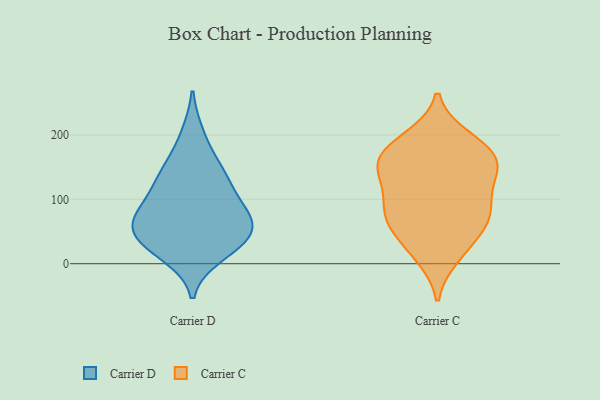
{"axis": {"x": "Inventory Turnover", "y": "Value"}, "legend": ["Carrier C", "Carrier D"], "data": [{"x": "", "y": 200, "type": "Carrier D"}, {"x": "", "y": 123, "type": "Carrier D"}, {"x": "", "y": 54, "type": "Carrier D"}, {"x": "", "y": 66, "type": "Carrier D"}, {"x": "", "y": 33, "type": "Carrier D"}, {"x": "", "y": 147, "type": "Carrier D"}, {"x": "", "y": 69, "type": "Carrier D"}, {"x": "", "y": 14, "type": "Carrier D"}, {"x": "", "y": 29, "type": "Carrier D"}, {"x": "", "y": 111, "type": "Carrier D"}, {"x": "", "y": 38, "type": "Carrier D"}, {"x": "", "y": 74, "type": "Carrier D"}, {"x": "", "y": 146, "type": "Carrier D"}, {"x": "", "y": 80, "type": "Carrier D"}, {"x": "", "y": 168, "type": "Carrier C"}, {"x": "", "y": 170, "type": "Carrier C"}, {"x": "", "y": 62, "type": "Carrier C"}, {"x": "", "y": 132, "type": "Carrier C"}, {"x": "", "y": 18, "type": "Carrier C"}, {"x": "", "y": 163, "type": "Carrier C"}, {"x": "", "y": 127, "type": "Carrier C"}, {"x": "", "y": 78, "type": "Carrier C"}, {"x": "", "y": 139, "type": "Carrier C"}, {"x": "", "y": 65, "type": "Carrier C"}, {"x": "", "y": 77, "type": "Carrier C"}, {"x": "", "y": 196, "type": "Carrier C"}, {"x": "", "y": 149, "type": "Carrier C"}, {"x": "", "y": 166, "type": "Carrier C"}, {"x": "", "y": 89, "type": "Carrier C"}, {"x": "", "y": 11, "type": "Carrier C"}, {"x": "", "y": 95, "type": "Carrier C"}, {"x": "", "y": 43, "type": "Carrier C"}, {"x": "", "y": 194, "type": "Carrier C"}]}